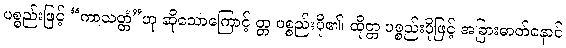
ပစ္စည်းဖြင့် “ကာသတ္တံ”ဟု ဆိုသောကြောင့် တ္တ ပစ္စည်းပို၏၊ ထိုတ္တ ပစ္စည်းပိုဖြင့် အခြားဓာတ်နောင်